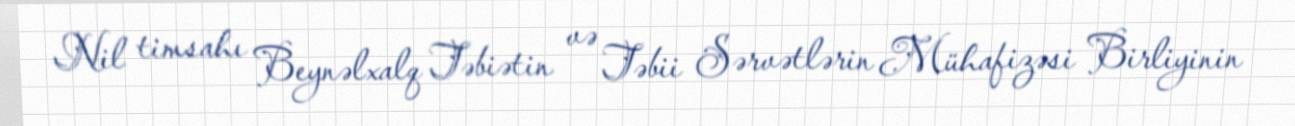
Nil timsahı Beynəlxalq Təbiətin və Təbii Sərvətlərin Mühafizəsi Birliyinin